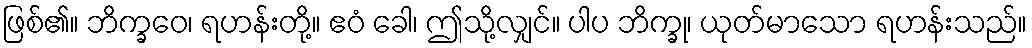
ဖြစ်၏။ ဘိက္ခဝေ၊ ရဟန်းတို့။ ဧဝံ ခေါ၊ ဤသို့လျှင်။ ပါပ ဘိက္ခု၊ ယုတ်မာသော ရဟန်းသည်။